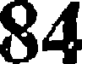
84